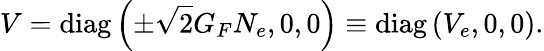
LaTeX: V=\mathrm{diag}\left(\pm\sqrt{2}G_{F}N_{e},0,0\right)\equiv\mathrm{diag}\left(V_{e},0,0\right).